Civil Veterinary Department. Madras. Admin. report 1910-25 - 1910-1925
Year: 1910
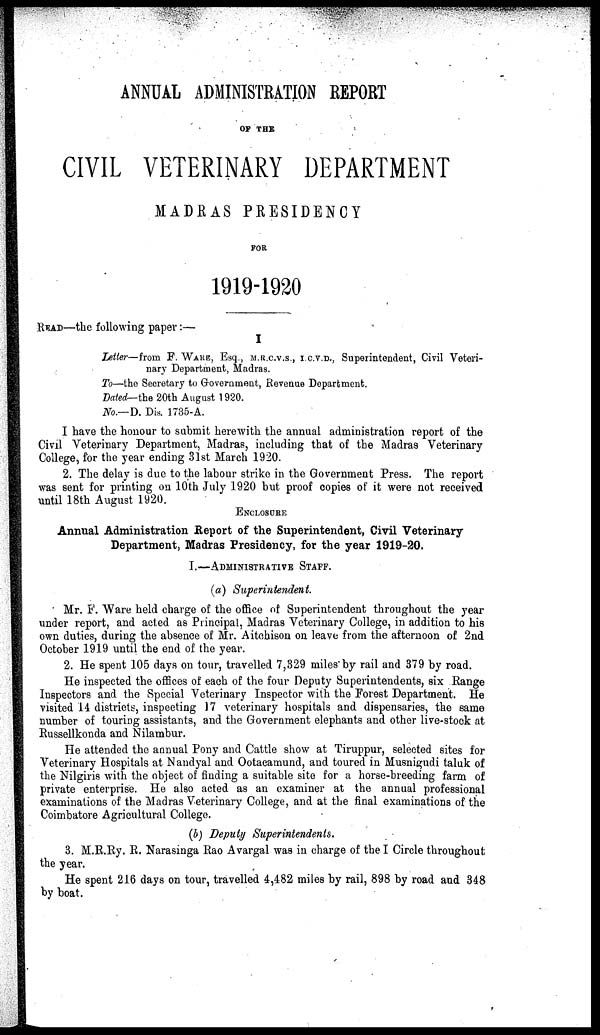
ANNUAL ADMINISTRATION REPORT
OF THE
CIVIL VETERINARY DEPARTMENT
MADRAS PRESIDENCY
FOR
1919-1920
READ—the following paper:—
I
Letter— from F. WARE, Esq., M.R.C.V.S., I.C.V.D., Superintendent, Civil Veteri-
nary Department, Madras.
To—the Secretary to Government, Revenue Department.
Dated— the 20th August 1920.
No.—D. Dis. 1735-A.
I have the honour to submit herewith the annual administration report of the
Civil Veterinary Department, Madras, including that of the Madras Veterinary
College, for the year ending 31st March 1920.
2. The delay is due to the labour strike in the Government Press. The report
was sent for printing on 10th July 1920 but proof copies of it were not received
until 18th August 1920.
ENCLOSURE
Annual Administration Report of the Superintendent, Civil Veterinary
Department, Madras Presidency, for the year 1919-20.
I.—ADMINISTRATIVE STAFF.
(a) Superintendent.
Mr. F. Ware held charge of the office of Superintendent throughout the year
under report, and acted as Principal, Madras Veterinary College, in addition to his
own duties, during the absence of Mr. Aitchison on leave from the afternoon of 2nd
October 1919 until the end of the year.
2. He spent 105 days on tour, travelled 7,329 miles" by rail and 379 by road.
He inspected the offices of each of the four Deputy Superintendents, six Range
Inspectors and the Special Veterinary Inspector with the Forest Department. He
visited 14 districts, inspecting 17 veterinary hospitals and dispensaries, the same
number of touring assistants, and the Government elephants and other live-stock at
Russellkonda and Nilambur.
He attended the annual Pony and Cattle show at Tiruppur, selected sites for
Veterinary Hospitals at Nandyal and Ootacamund, and toured in Musnigudi taluk of
the Nilgiris with the object of finding a suitable site for a horse-breeding farm of
private enterprise. He also acted as an examiner at the annual professional
examinations of the Madras Veterinary College, and at the final examinations of the
Coimbatore Agricultural College.
(b) Deputy Superintendents.
3. M.R.Ry. R. Narasinga Rao Avargal was in charge of the I Circle throughout
the year.
He spent 216 days on tour, travelled 4,482 miles by rail, 898 by road and 348
by boat.